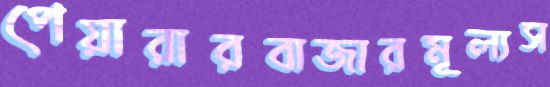
পেয়ারারবাজারমূল্যস